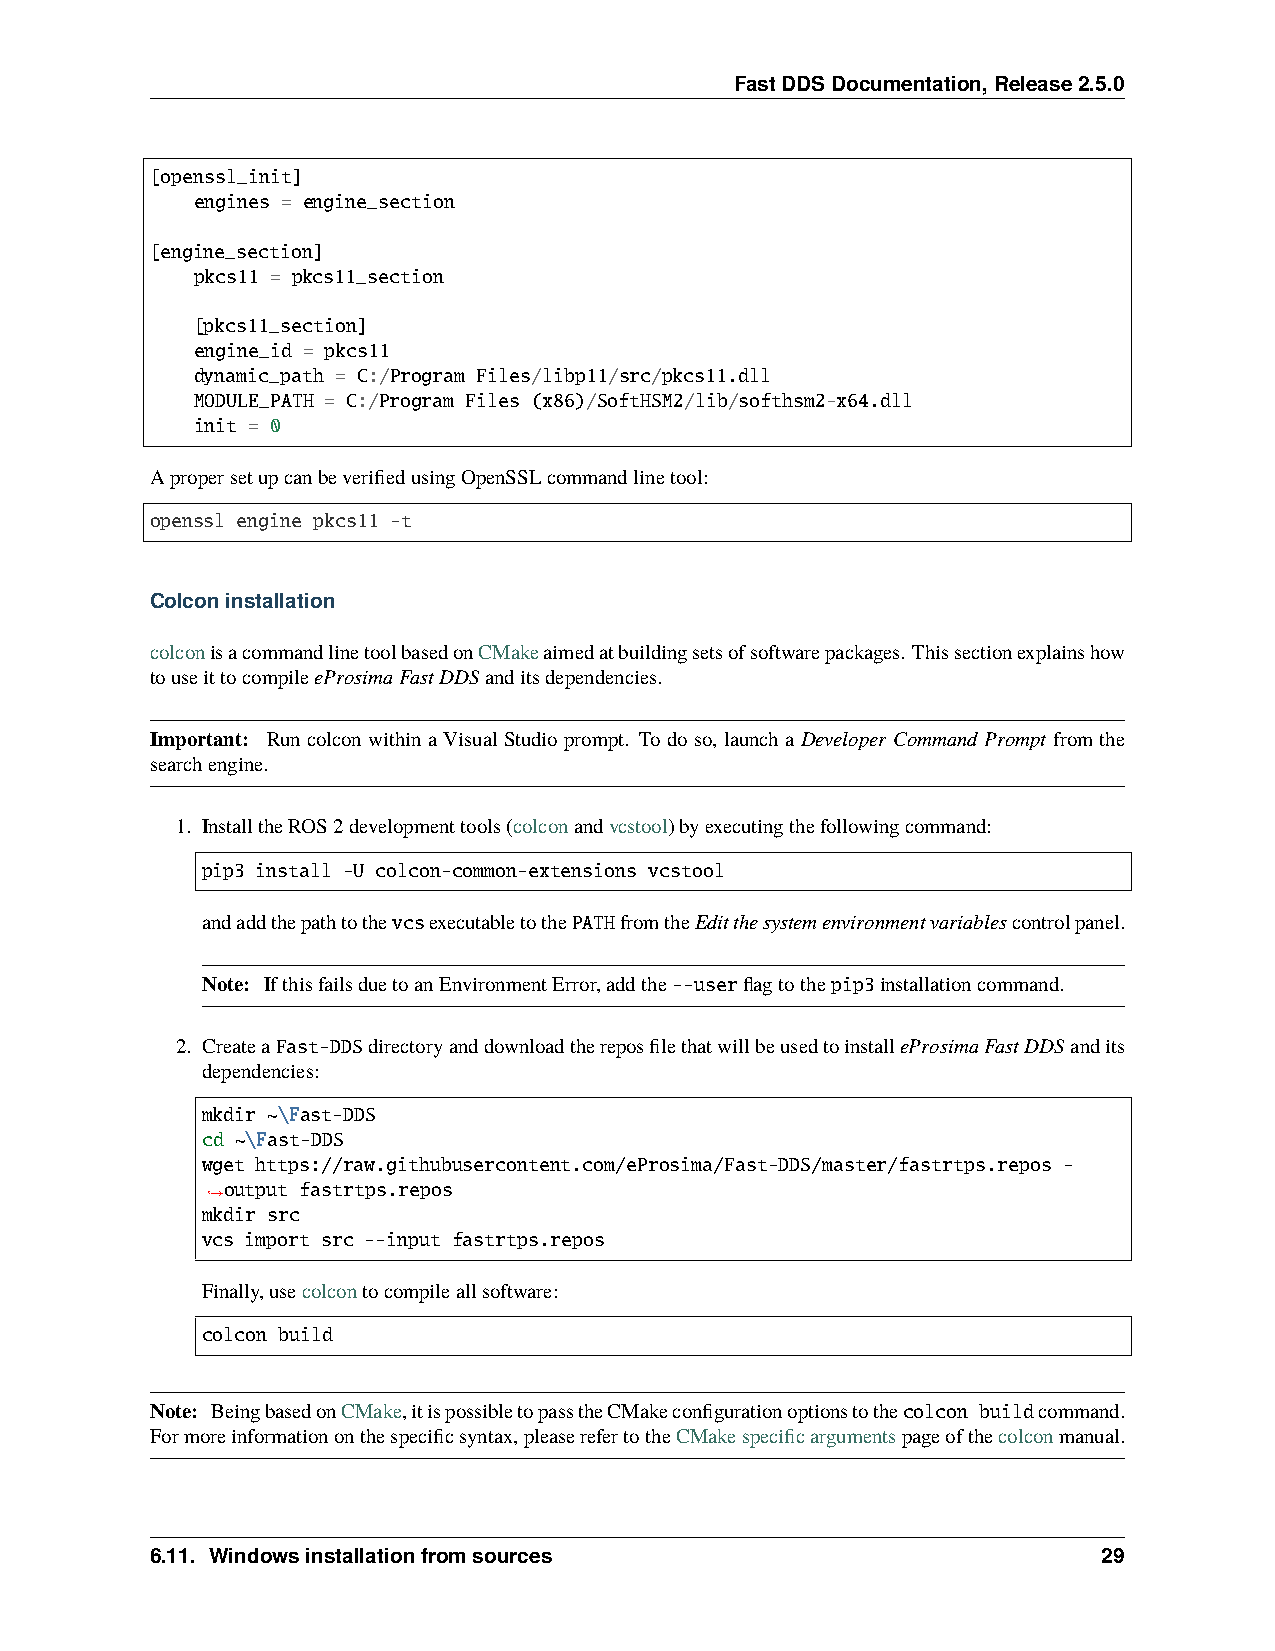
FastDDSDocumentation,Release2.5.0
 [openssl_init]
 engines = engine_section
 [engine_section]
 pkcs11 = pkcs11_section
 [pkcs11_section]
 engine_id = pkcs11
 dynamic_path = C:/Program Files/libp11/src/pkcs11.dll
 MODULE_PATH = C:/Program Files (x86)/SoftHSM2/lib/softhsm2-x64.dll
 init = 0
 ApropersetupcanbeverifiedusingOpenSSLcommandlinetool:
 openssl engine pkcs11 -t
 Colconinstallation
 colconisacommandlinetoolbasedonCMakeaimedatbuildingsetsofsoftwarepackages. Thissectionexplainshow
 touseittocompileeProsimaFastDDSanditsdependencies.
 Important: Run colcon within a Visual Studio prompt. To do so, launch a Developer Command Prompt from the
 searchengine.
 1. InstalltheROS2developmenttools(colconandvcstool)byexecutingthefollowingcommand:
 pip3 install -U colcon-common-extensions vcstool
 andaddthepathtothevcsexecutabletothePATHfromtheEditthesystemenvironmentvariablescontrolpanel.
 Note: IfthisfailsduetoanEnvironmentError,addthe--userflagtothepip3installationcommand.
 2. CreateaFast-DDSdirectoryanddownloadthereposfilethatwillbeusedtoinstalleProsimaFastDDSandits
 dependencies:
 mkdir ~\Fast-DDS
 cd ~\Fast-DDS
 wget https://raw.githubusercontent.com/eProsima/Fast-DDS/master/fastrtps.repos -
 output fastrtps.repos
 ˓→
 mkdir src
 vcs import src --input fastrtps.repos
 Finally,usecolcontocompileallsoftware:
 colcon build
 Note: BeingbasedonCMake,itispossibletopasstheCMakeconfigurationoptionstothecolcon buildcommand.
 Formoreinformationonthespecificsyntax,pleaserefertotheCMakespecificargumentspageofthecolconmanual.
 6.11. Windowsinstallationfromsources                           29